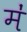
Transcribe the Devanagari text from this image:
मं॑